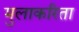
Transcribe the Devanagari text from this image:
मुलाकरिता